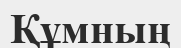
Құмның